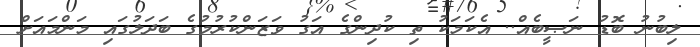
ލިބުނު ބޮޑު ނަޞީބެއް.. އެކަމަކު ތި ކުދިންގެ އަގު ވަޒަންކުރުމުގެ ބަދަލުގައި މަންމައަށް